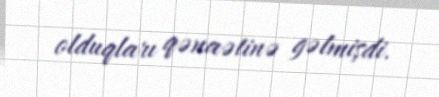
olduqları qənaətinə gəlmişdi.